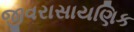
જીવરાસાયણિક